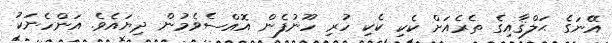
އޭނަގެ ޙަލްޤާއިގެ ތެރެއަށް ކެކި ކެކި ހުރި ހޫނުފެން އޮއްސެވެމުން ދިޔައެވެ. އަންހެނަކު